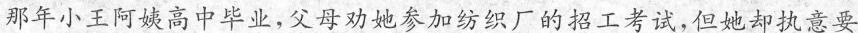
那年小王阿姨高中毕业，父母劝她参加纺织厂的招工考试，但她却执意要